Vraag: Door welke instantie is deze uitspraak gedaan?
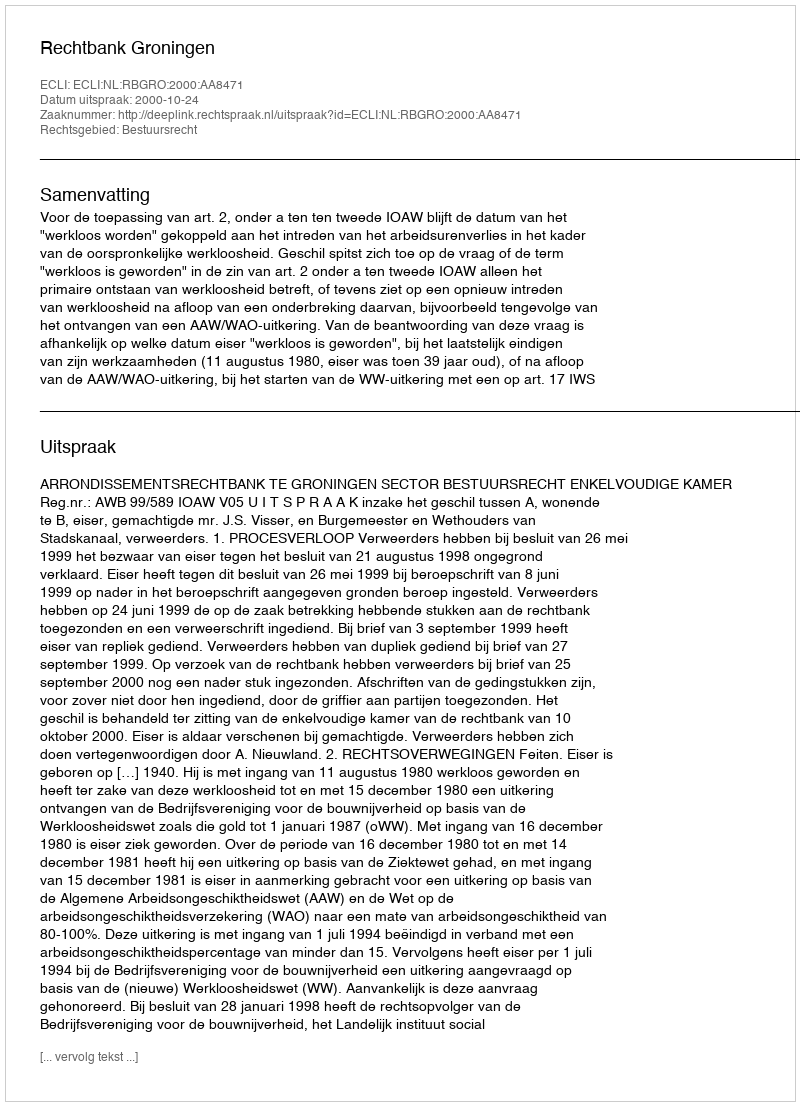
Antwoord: Rechtbank Groningen